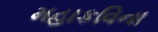
મહાકવિના